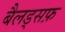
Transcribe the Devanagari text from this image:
बैलड्सफ़